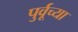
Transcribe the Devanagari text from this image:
पुर्वूच्या